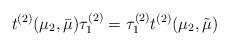
LaTeX: \begin{align*}t^{(2)}(\mu_{2},\bar{\mu})\tau^{(2)}_{1}=\tau^{(2)}_{1}t^{(2)}(\mu_{2},\tilde{\mu})\end{align*}